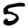
Digit: 5